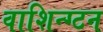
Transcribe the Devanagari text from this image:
वाशिन्ग्टन